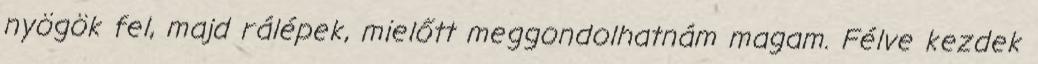
nyögök fel, majd rálépek, mielőtt meggondolhatnám magam. Félve kezdek